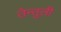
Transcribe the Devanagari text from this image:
तेन्तुली